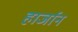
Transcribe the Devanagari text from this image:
हार्जान